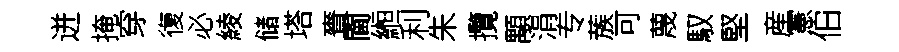
迸掩穿復必綾储塔賚閫縆利朱攬顒涓专蔟可蔑馭堅産憲伯